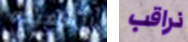
السعيده نراقب